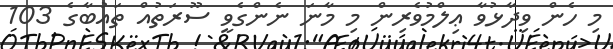
މި ހެން ވިދާޅުވާ ޢިލްމުވެރިން މި މާނަ ނެންގެވީ ސޫރަތުއް ތައުބާގެ 103